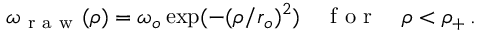
\omega _ { \mathrm { ~ r ~ a ~ w ~ } } ( \rho ) = \omega _ { o } \exp ( - ( \rho / r _ { o } ) ^ { 2 } ) \quad \mathrm { ~ f ~ o ~ r ~ } \quad \rho < \rho _ { + } \, .